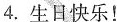
4.生日快乐!